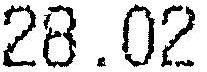
28.02